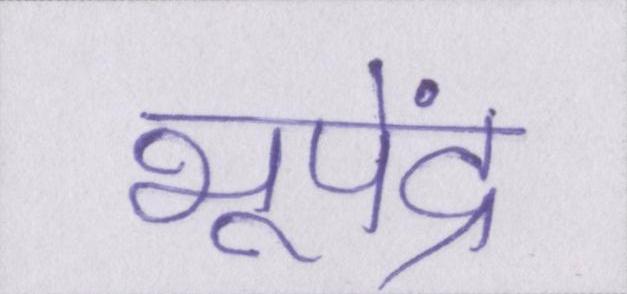
भूपेंद्र